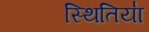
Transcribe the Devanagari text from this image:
स्थितिया॑